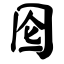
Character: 囵